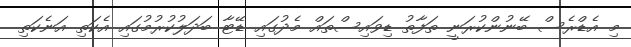
މި އެޑްރެސް ބޭނުންކުރަނީ ތަފާތު ޑިވައިސްތައް މެދުގައި ޑޭޓާ ބަދަލުކުރުމުގައި އެކަތި އަނެކަތި